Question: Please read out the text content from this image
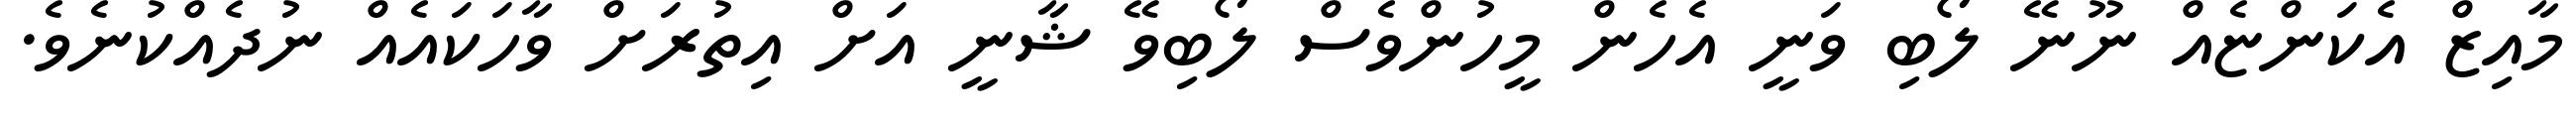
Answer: މާއިޒް އެކަންޏެއް ނޫނޭ ލޯބި ވަނީ އެހެން މީހުންވެސް ލޯބިވޭ ޝާނީ އަށް އިތުރަށް ވާހަކައެއް ނުދެއްކުނެވެ.